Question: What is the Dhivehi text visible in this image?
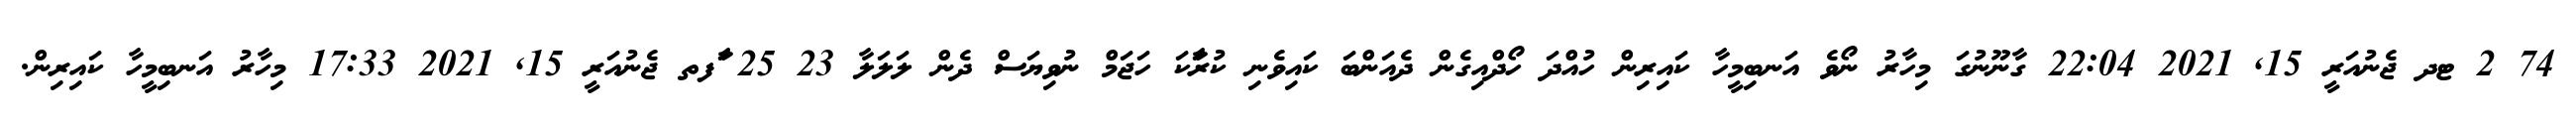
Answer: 74 2 ޓދ ޖެނުއަރީ 15, 2021 22:04 ގާނޫނުގަ މިހާރު ނޯވެ އަނބިމީހާ ކައިރިން ހުއްދަ ހޯދްއިގެން ދެއަންބަ ކައިވެނި ކުރަާކަ ހަޖަމް ނުވިޔަސް ދެން ލަލަލާ 23 25 ާަފތ ޖެނުއަރީ 15, 2021 17:33 މިހާރު އަނބިމީހާ ކައިރިން.